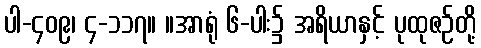
ပါ-၄၀၉၊ ၄-၁၁၇။ ။အာရုံ ၆-ပါး၌ အရိယာနှင့် ပုထုဇဉ်တို့